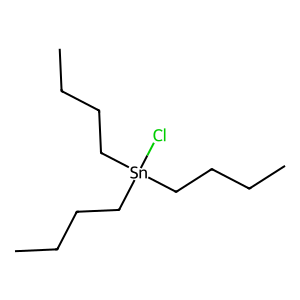
SMILES: CCCC[Sn](Cl)(CCCC)CCCC
Inhibits HIV replication: No